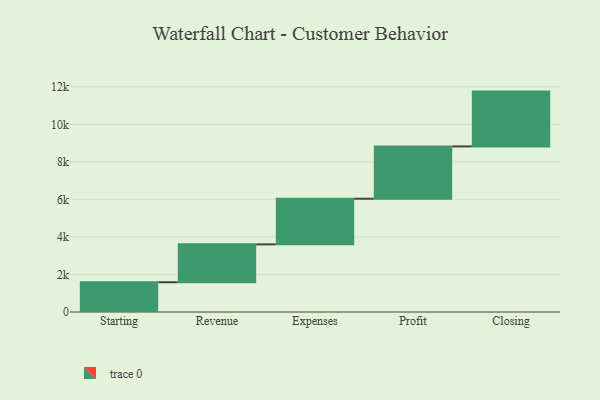
{"axis": {"x": "Step", "y": "Value"}, "legend": [""], "data": [{"x": "Starting", "y": 1586.0, "type": ""}, {"x": "Revenue", "y": 2019.0, "type": ""}, {"x": "Expenses", "y": 2432.0, "type": ""}, {"x": "Profit", "y": 2788.0, "type": ""}, {"x": "Closing", "y": 2921.0, "type": ""}]}